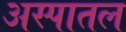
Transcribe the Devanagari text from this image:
अस्पातल